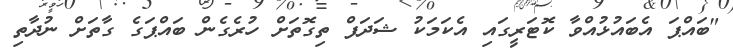
"ބައްޕަ އެބައުޅުއްވާ ކޮޓަރީގައި އެކަމަކު ޝަދަފް ތިގޮތަށް ހުރެގެން ބައްޕަގެ ގާތަށް ނުދާތި